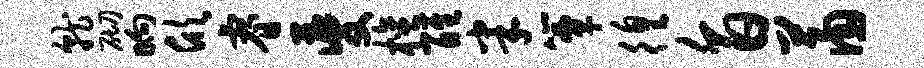
就砌晌欣睿夔檀醒半簟徨旨萧